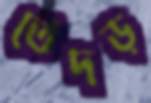
তেঁদড়